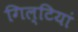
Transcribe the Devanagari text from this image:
गिल्टियां